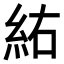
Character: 𮈆